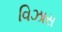
વિઝાસ